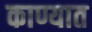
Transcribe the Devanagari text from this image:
काण्यात